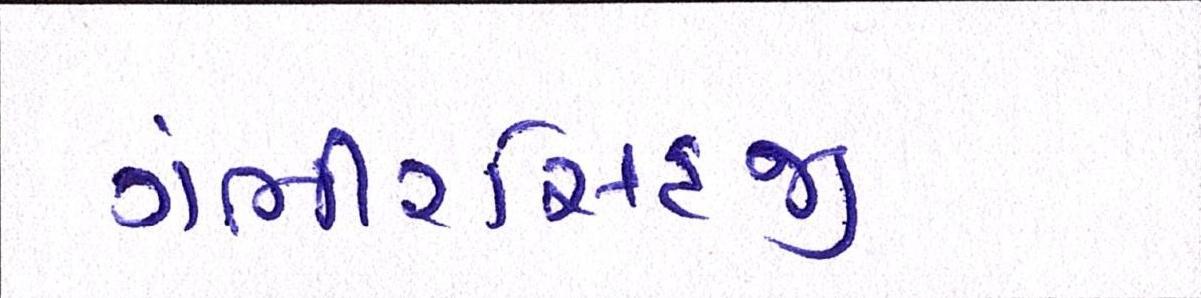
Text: ગંભીરસિંહજી